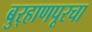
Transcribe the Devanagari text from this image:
बुर्‍हाणपूरचा